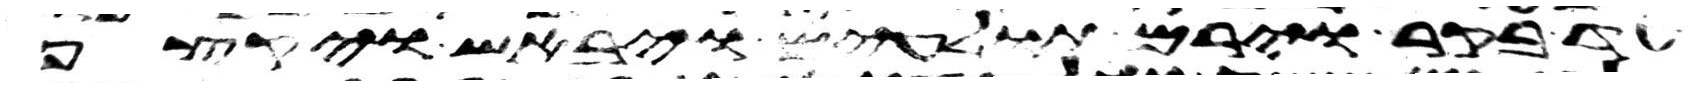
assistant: עד בקר וירם תולעים ויבאש ויקצף